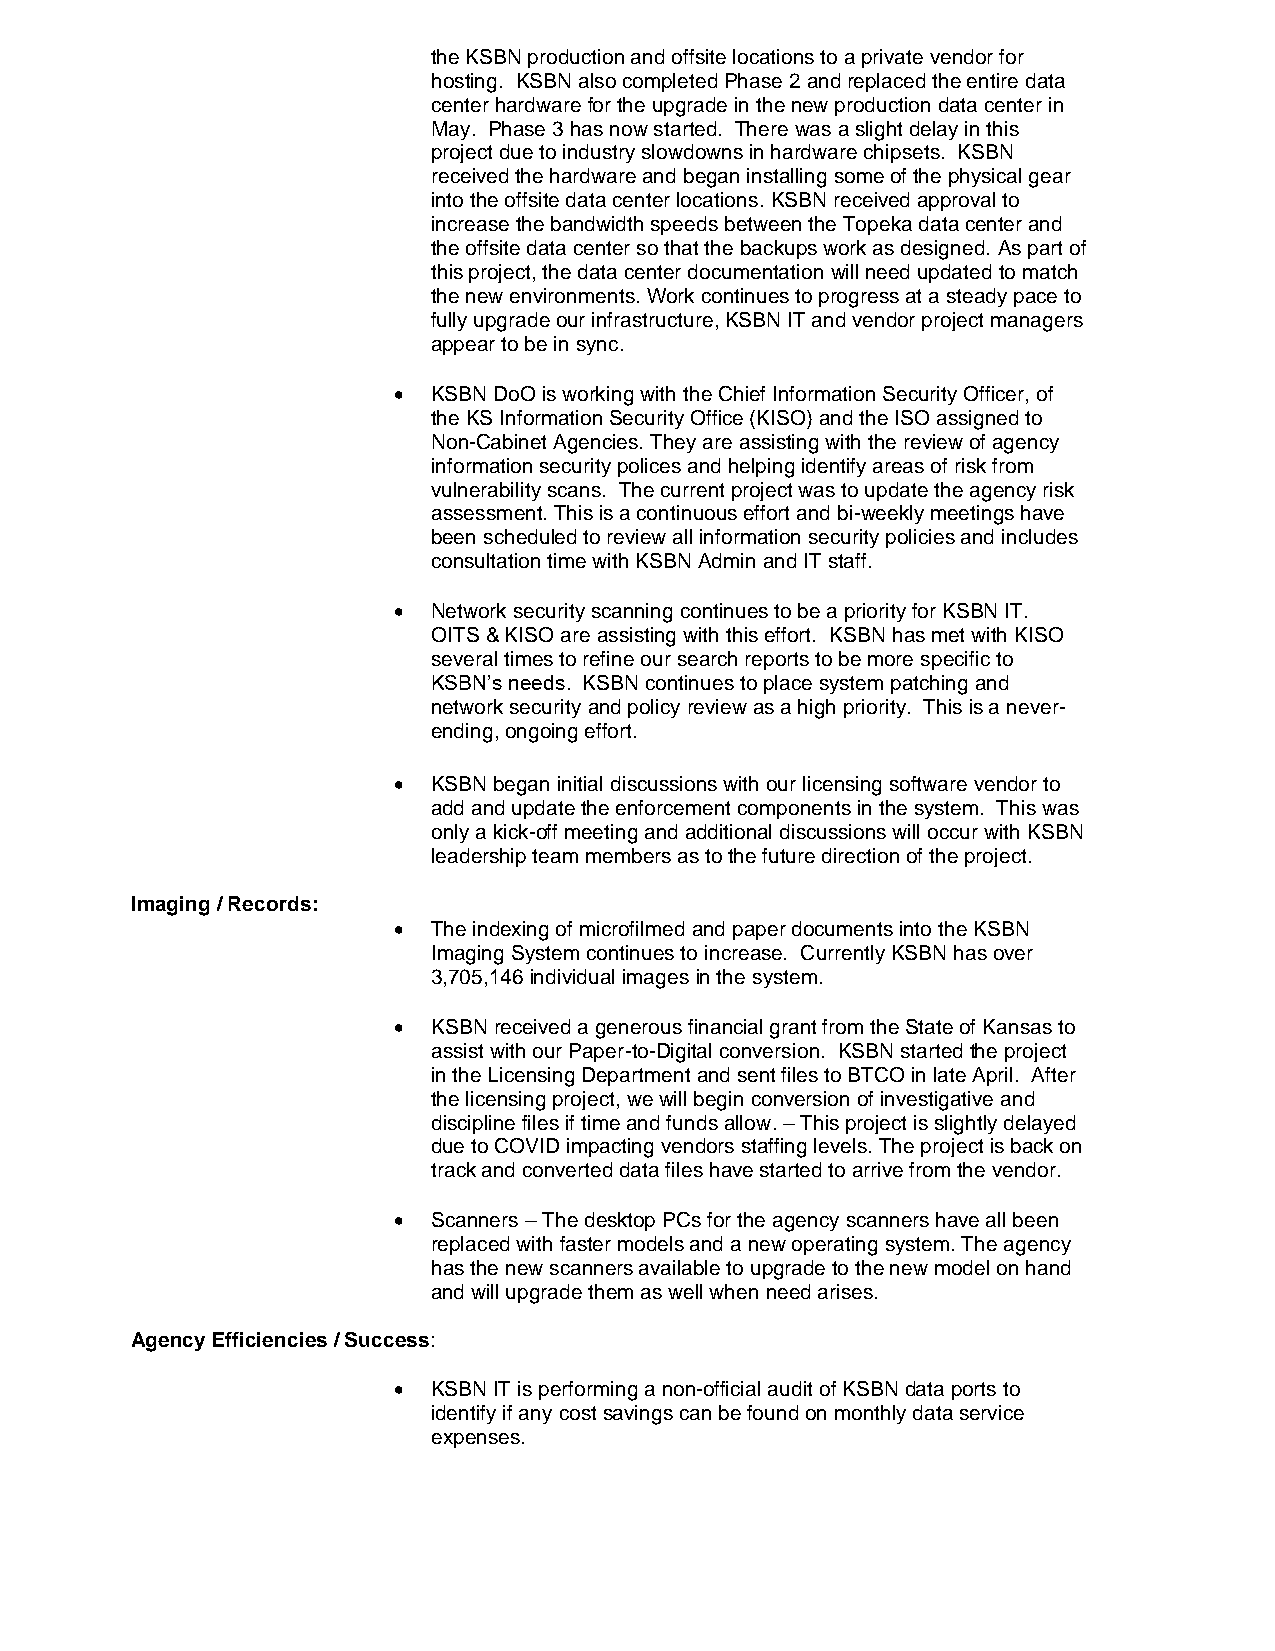
the KSBN production and offsite locations to a private vendor for
 hosting. KSBN also completed Phase 2 and replaced the entire data
 center hardware for the upgrade in the new production data center in
 May. Phase 3 has now started. There was a slight delay in this
 project due to industry slowdowns in hardware chipsets. KSBN
 received the hardware and began installing some of the physical gear
 into the offsite data center locations. KSBN received approval to
 increase the bandwidth speeds between the Topeka data center and
 the offsite data center so that the backups work as designed. As part of
 this project, the data center documentation will need updated to match
 the new environments. Work continues to progress at a steady pace to
 fully upgrade our infrastructure, KSBN IT and vendor project managers
 appear to be in sync.
 •  KSBN DoO is working with the Chief Information Security Officer, of
 the KS Information Security Office (KISO) and the ISO assigned to
 Non-Cabinet Agencies. They are assisting with the review of agency
 information security polices and helping identify areas of risk from
 vulnerability scans. The current project was to update the agency risk
 assessment. This is a continuous effort and bi-weekly meetings have
 been scheduled to review all information security policies and includes
 consultation time with KSBN Admin and IT staff.
 •  Network security scanning continues to be a priority for KSBN IT.
 OITS & KISO are assisting with this effort. KSBN has met with KISO
 several times to refine our search reports to be more specific to
 KSBN’s needs. KSBN continues to place system patching and
 network security and policy review as a high priority. This is a never-
 ending, ongoing effort.
 •  KSBN began initial discussions with our licensing software vendor to
 add and update the enforcement components in the system. This was
 only a kick-off meeting and additional discussions will occur with KSBN
 leadership team members as to the future direction of the project.
 Imaging / Records:
 •  The indexing of microfilmed and paper documents into the KSBN
 Imaging System continues to increase. Currently KSBN has over
 3,705,146 individual images in the system.
 •  KSBN received a generous financial grant from the State of Kansas to
 assist with our Paper-to-Digital conversion. KSBN started the project
 in the Licensing Department and sent files to BTCO in late April. After
 the licensing project, we will begin conversion of investigative and
 discipline files if time and funds allow. – This project is slightly delayed
 due to COVID impacting vendors staffing levels. The project is back on
 track and converted data files have started to arrive from the vendor.
 •  Scanners – The desktop PCs for the agency scanners have all been
 replaced with faster models and a new operating system. The agency
 has the new scanners available to upgrade to the new model on hand
 and will upgrade them as well when need arises.
 Agency Efficiencies / Success:
 •  KSBN IT is performing a non-official audit of KSBN data ports to
 identify if any cost savings can be found on monthly data service
 expenses.